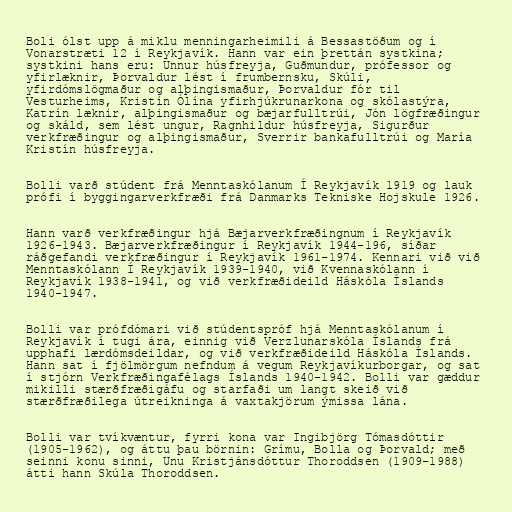
Boli ólst upp á miklu menningarheimili á Bessastöðum og í
Vonarstræti 12 í Reykjavík. Hann var ein þrettán systkina;
systkini hans eru: Unnur húsfreyja, Guðmundur, prófessor og
yfirlæknir, Þorvaldur lést í frumbernsku, Skúli,
yfirdómslögmaður og alþingismaður, Þorvaldur fór til
Vesturheims, Kristín Ólína yfirhjúkrunarkona og skólastýra,
Katrín læknir, alþingismaður og bæjarfulltrúi, Jón lögfræðingur
og skáld, sem lést ungur, Ragnhildur húsfreyja, Sigurður
verkfræðingur og alþingismaður, Sverrir bankafulltrúi og María
Kristín húsfreyja.

Bolli varð stúdent frá Menntaskólanum Í Reykjavík 1919 og lauk
prófi í byggingarverkfræði frá Danmarks Tekniske Hojskule 1926.

Hann varð verkfræðingur hjá Bæjarverkfræðingnum í Reykjavík
1926-1943. Bæjarverkfræðingur í Reykjavík 1944-196, síðar
ráðgefandi verkfræðingur í Reykjavík 1961-1974. Kennari við við
Menntaskólann Í Reykjavík 1939-1940, við Kvennaskólann í
Reykjavík 1938-1941, og við verkfræðideild Háskóla Íslands
1940-1947.

Bolli var prófdómari við stúdentspróf hjá Menntaskólanum í
Reykjavík í tugi ára, einnig við Verzlunarskóla Íslands frá
upphafi lærdómsdeildar, og við verkfræðideild Háskóla Íslands.
Hann sat í fjölmörgum nefndum á vegum Reykjavíkurborgar, og sat
í stjórn Verkfræðingafélags Íslands 1940-1942. Bolli var gæddur
mikilli stærðfræðigáfu og starfaði um langt skeið við
stærðfræðilega útreikninga á vaxtakjörum ýmissa lána.

Bolli var tvíkvæntur, fyrri kona var Ingibjörg Tómasdóttir
(1905-1962), og áttu þau börnin: Grímu, Bolla og Þorvald; með
seinni konu sinni, Unu Kristjánsdóttur Thoroddsen (1909-1988)
átti hann Skúla Thoroddsen.